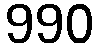
990